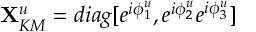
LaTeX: { \bf X } _ { K M } ^ { u } = d i a g [ e ^ { i \phi _ { 1 } ^ { u } } , e ^ { i \phi _ { 2 } ^ { u } } e ^ { i \phi _ { 3 } ^ { u } } ]